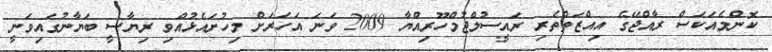
ކޮންމެއަކަސް ރާއްޖޭގެ އިއްޒަތްތެރި ރައީސުލްޖުމްހޫރިއްޔާ 2009 ވަނަ އަހަރަށް މިހުށައެޅުއްވި ރިޔާސީ ބަޔާނުގައިވަނީ